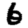
Digit: 6